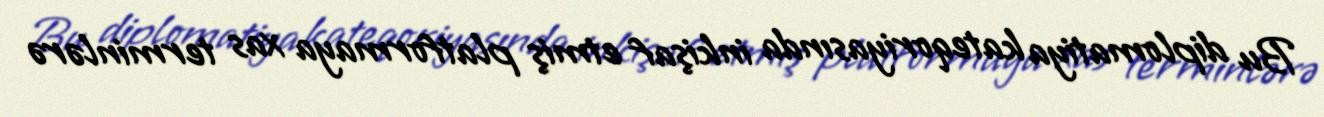
Bu diplomatiya kateqoriyasında inkişaf etmiş platformaya xas terminlərə